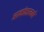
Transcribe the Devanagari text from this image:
आकांक्षानजरे